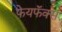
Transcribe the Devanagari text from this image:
फेयफॅक्स